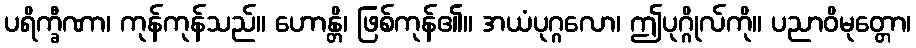
ပရိက္ခီဏာ၊ ကုန်ကုန်သည်။ ဟောန္တိ၊ ဖြစ်ကုန်၏။ အယံပုဂ္ဂလော၊ ဤပုဂ္ဂိုလ်ကို။ ပညာဝိမုတ္တော၊